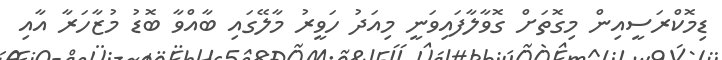
ޑިމޮކްރަސީއިން މިގޮތަށް ގޮވާލާފައިވަނީ މިއަދު ހަވީރު މާލޭގައި ބާއްވާ ބޮޑު މުޒާހަރާ އާއި